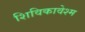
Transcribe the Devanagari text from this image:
शिविकावेश्म